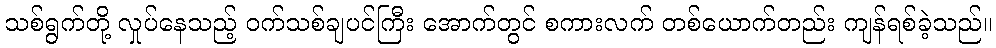
သစ်ရွက်တို့ လှုပ်နေသည့် ဝက်သစ်ချပင်ကြီး အောက်တွင် စကားလက် တစ်ယောက်တည်း ကျန်ရစ်ခဲ့သည်။